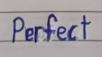
Perfect